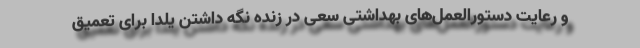
و رعایت دستورالعمل‌های بهداشتی سعی در زنده نگه داشتن یلدا برای تعمیق